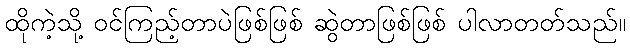
ထိုကဲ့သို့ ဝင်ကြည့်တာပဲဖြစ်ဖြစ် ဆွဲတာဖြစ်ဖြစ် ပါလာတတ်သည်။